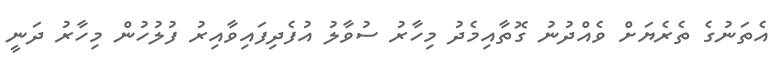
އެތަނުގެ ތެރެޔަށް ވެއްދުނު ގޮތާއިމެދު މިހާރު ސުވާލު އުފެދިފައިވާއިރު ފުލުހުން މިހާރު ދަނީ